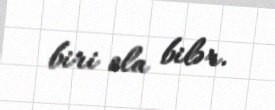
biri ola bilər.